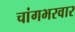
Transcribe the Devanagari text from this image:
चांगभरवार